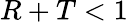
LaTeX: R+T<1